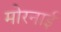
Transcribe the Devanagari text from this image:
मोरनाई